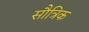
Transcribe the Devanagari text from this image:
सौत्रिक